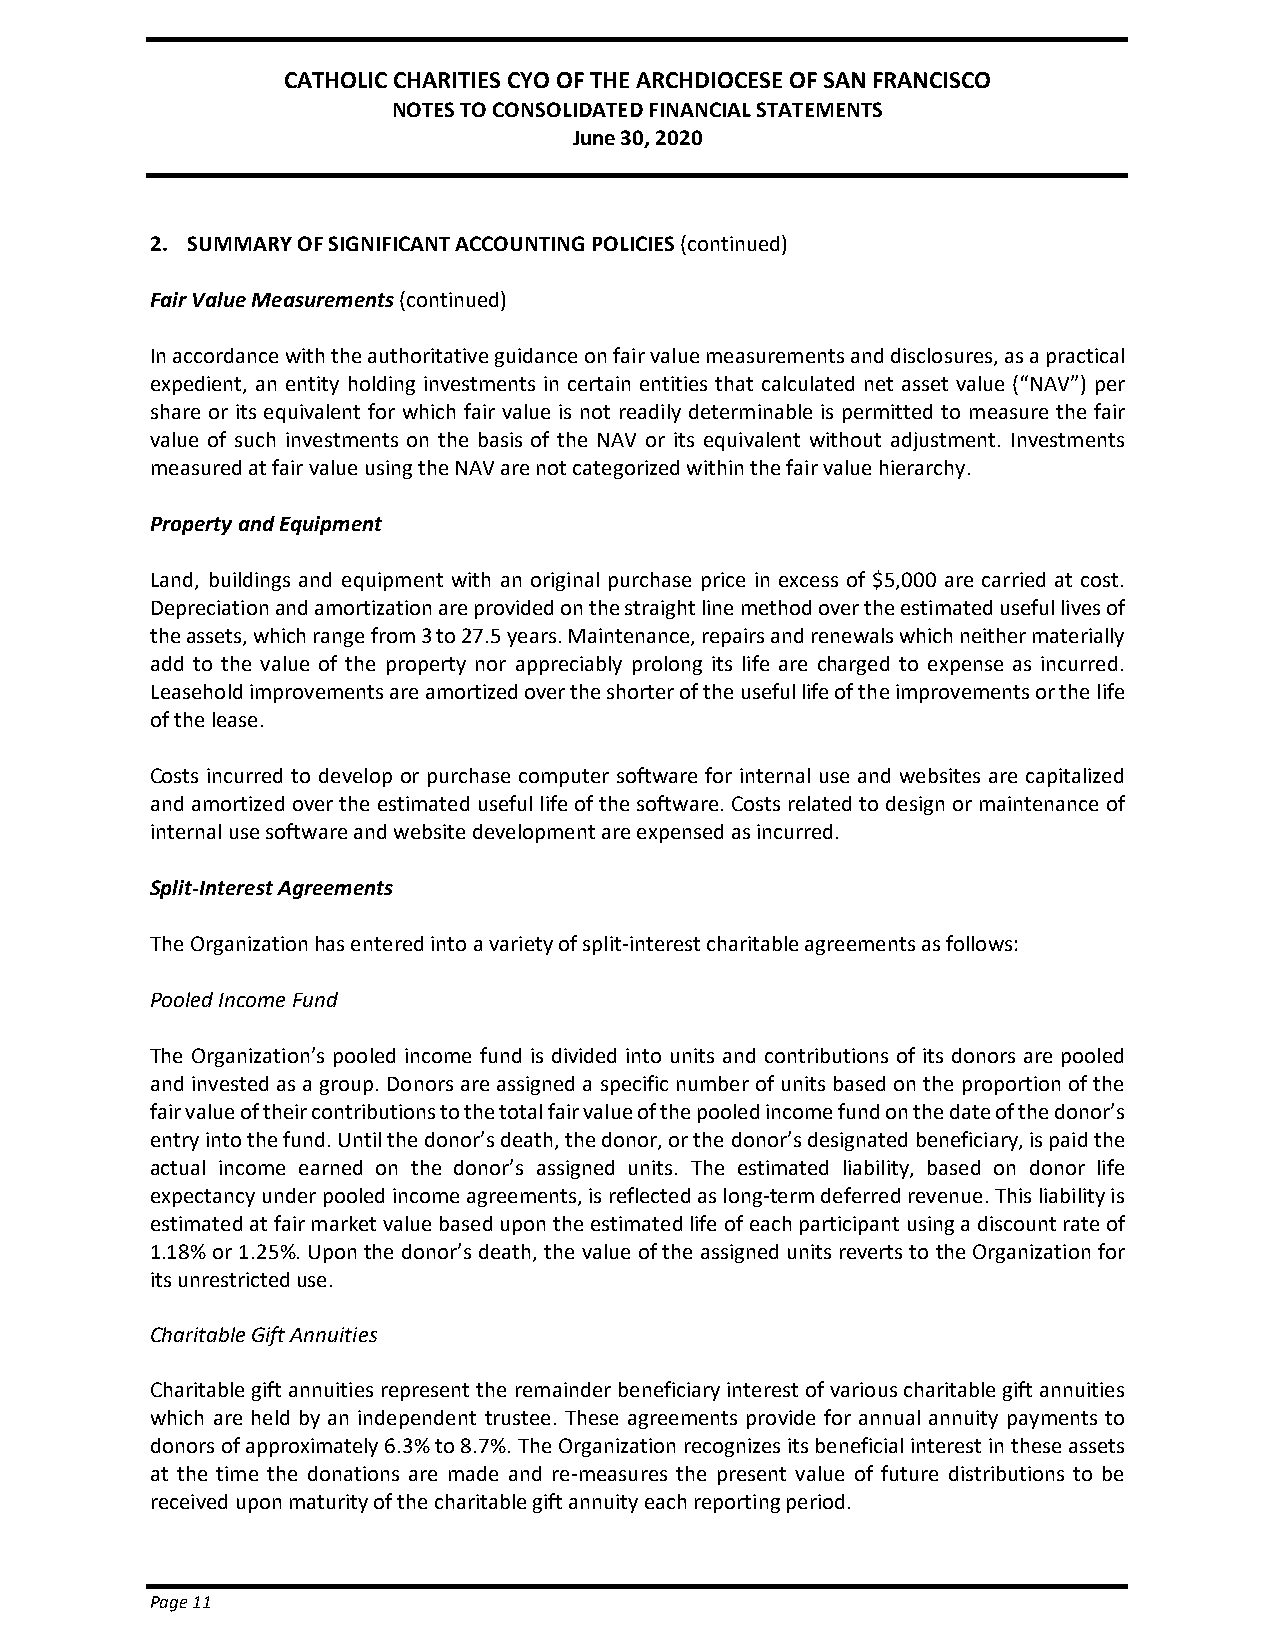
CATHOLIC CHARITIES CYO OF THE ARCHDIOCESE OF SAN FRANCISCO
 NOTES TO CONSOLIDATED FINANCIAL STATEMENTS
 June 30, 2020
 2. SUMMARY OF SIGNIFICANT ACCOUNTING POLICIES (continued)
 Fair Value Measurements (continued)
 In accordance with the authoritative guidance on fair value measurements and disclosures, as a practical
 expedient, an entity holding investments in certain entities that calculated net asset value (“NAV”) per
 share or its equivalent for which fair value is not readily determinable is permitted to measure the fair
 value of such investments on the basis of the NAV or its equivalent without adjustment. Investments
 measured at fair value using the NAV are not categorized within the fair value hierarchy.
 Property and Equipment
 Land, buildings and equipment with an original purchase price in excess of $5,000 are carried at cost.
 Depreciation and amortization are provided on the straight line method over the estimated useful lives of
 the assets, which range from 3 to 27.5 years. Maintenance, repairs and renewals which neither materially
 add to the value of the property nor appreciably prolong its life are charged to expense as incurred.
 Leasehold improvements are amortized over the shorter of the useful life of the improvements or the life
 of the lease.
 Costs incurred to develop or purchase computer software for internal use and websites are capitalized
 and amortized over the estimated useful life of the software. Costs related to design or maintenance of
 internal use software and website development are expensed as incurred.
 Split-Interest Agreements
 The Organization has entered into a variety of split-interest charitable agreements as follows:
 Pooled Income Fund
 The Organization’s pooled income fund is divided into units and contributions of its donors are pooled
 and invested as a group. Donors are assigned a specific number of units based on the proportion of the
 fair value of their contributions to the total fair value of the pooled income fund on the date of the donor’s
 entry into the fund. Until the donor’s death, the donor, or the donor’s designated beneficiary, is paid the
 actual income earned on the donor’s assigned units. The estimated liability, based on donor life
 expectancy under pooled income agreements, is reflected as long-term deferred revenue. This liability is
 estimated at fair market value based upon the estimated life of each participant using a discount rate of
 1.18% or 1.25%. Upon the donor’s death, the value of the assigned units reverts to the Organization for
 its unrestricted use.
 Charitable Gift Annuities
 Charitable gift annuities represent the remainder beneficiary interest of various charitable gift annuities
 which are held by an independent trustee. These agreements provide for annual annuity payments to
 donors of approximately 6.3% to 8.7%. The Organization recognizes its beneficial interest in these assets
 at the time the donations are made and re-measures the present value of future distributions to be
 received upon maturity of the charitable gift annuity each reporting period.
 Page 11